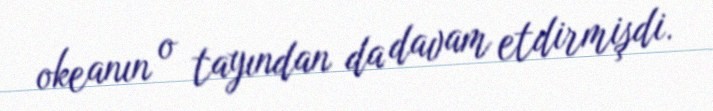
okeanın o tayından da davam etdirmişdi.